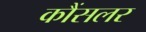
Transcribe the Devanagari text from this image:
कौंसलर